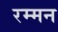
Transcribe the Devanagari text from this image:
रम्मन